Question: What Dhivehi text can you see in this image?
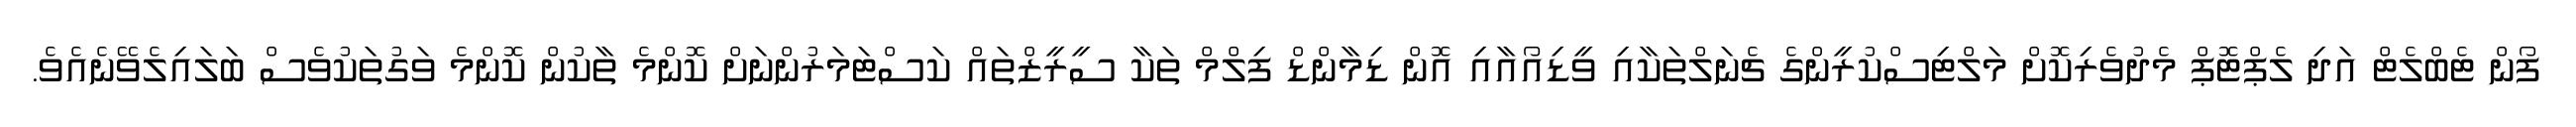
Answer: ފޯން ޓެބްލެޓް އަދި ލެޕްޓޮޕް މެދުވެރިކޮށް މަލްޓިސްކުރީންގެ ޗެނަލްތަކާއި ވީޑިއޯއާއި އޮން ޑިމާންޑް ފިލްމް ތަކާ ސީރީޒްތައް ކަސްޓަމަރުންނަށް ކޮންމެ ތާކުން ކޮންމެ ވަގުތަކުވެސް ބަލައިލެވޭނެއެވެ.